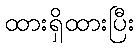
ထားရှိထားပြီး